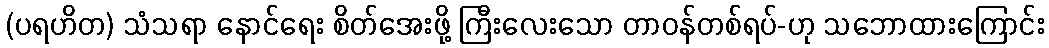
(ပရဟိတ) သံသရာ နောင်ရေး စိတ်အေးဖို့ ကြီးလေးသော တာဝန်တစ်ရပ်-ဟု သဘောထားကြောင်း